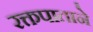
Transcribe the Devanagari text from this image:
रक्तपाताने